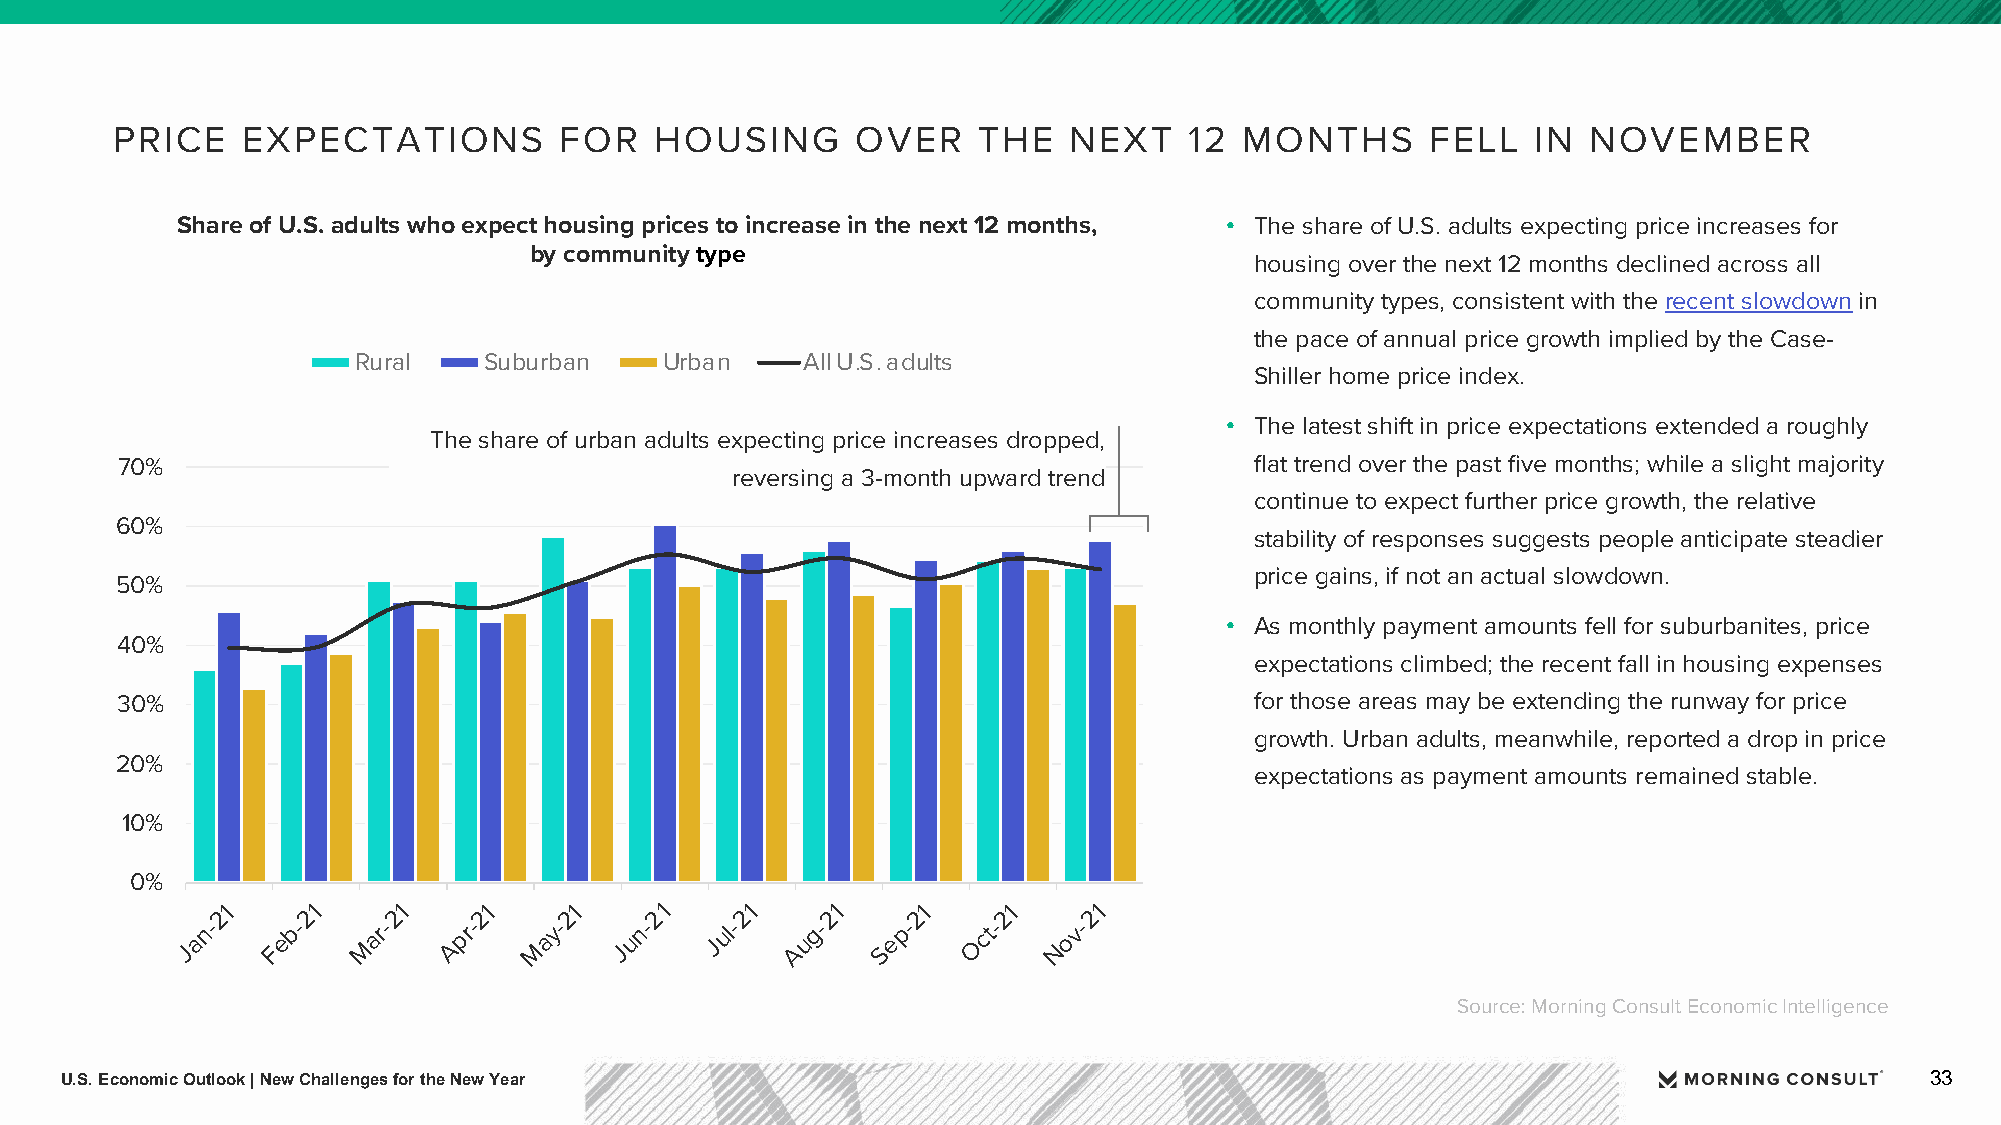
PRICE    EXPECTATIONS         FOR   HOUSING       OVER    THE   NEXT    12 MONTHS       FELL   IN NOVEMBER
 Share of U.S. adults who expect housing prices to increase in the next 12 months, • The share of U.S. adults expecting price increases for
 by community type
 housing over the next 12 months declined across all
 community types, consistent with the recent slowdown in
 the pace of annual price growth implied by the Case-
 Rural    Suburban    Urban    All U.S. adults
 Shiller home price index.
 • The latest shift in price expectations extended a roughly
 The share of urban adults expecting price increases dropped,
 70%                                                                        flat trend over the past five months; while a slight majority
 reversing a 3-month upward trend
 continue to expect further price growth, the relative
 60%
 stability of responses suggests people anticipate steadier
 price gains, if not an actual slowdown.
 50%
 • As monthly payment amounts fell for suburbanites, price
 40%
 expectations climbed; the recent fall in housing expenses
 30%                                                                        for those areas may be extending the runway for price
 growth. Urban adults, meanwhile, reported a drop in price
 20%
 expectations as payment amounts remained stable.
 10%
 0%
 21    21    21    21   21    21    21    21   21    21    21
 Jan-  Feb-
 M
 ar-  Apr-
 M
 ay-  Jun-  Jul- Aug-  Sep-  Oct-  Nov-
 Source: Morning Consult Economic Intelligence
 U.S. Economic Outlook | New Challenges for the New Year                                                                     33